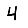
Digit: 4